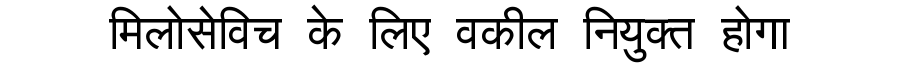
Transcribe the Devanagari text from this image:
मिलोसेविच के लिए वकील नियुक्त होगा